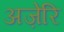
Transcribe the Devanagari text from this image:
अज़ेरि